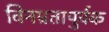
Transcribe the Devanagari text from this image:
विनम्रतापुर्वक